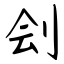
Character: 刽